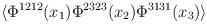
LaTeX: \begin{align*}\langle \Phi^{1212}(x_{1})\Phi^{2323}(x_{2})\Phi^{3131}(x_{3}) \rangle \end{align*}